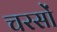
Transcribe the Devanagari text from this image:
चरसों